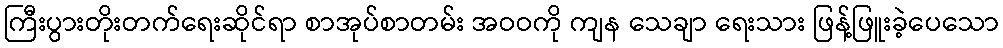
ကြီးပွားတိုးတက်ရေးဆိုင်ရာ စာအုပ်စာတမ်း အဝဝကို ကျန သေချာ ရေးသား ဖြန့်ဖြူးခဲ့ပေသော